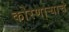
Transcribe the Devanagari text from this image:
कोरणार्‍याचे